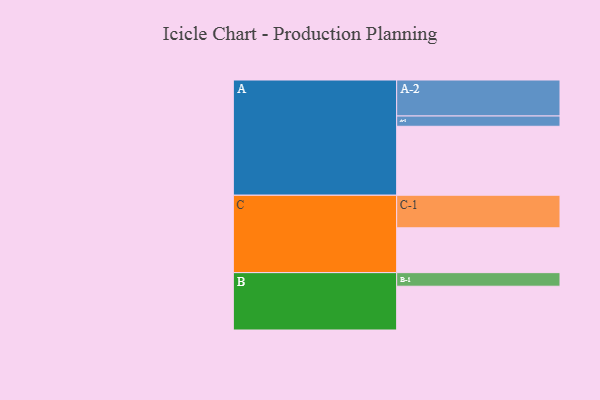
{"axis": {"x": "Segment", "y": "Value"}, "legend": ["", "A", "B", "C"], "data": [{"x": "A", "y": 523, "type": ""}, {"x": "B", "y": 332, "type": ""}, {"x": "C", "y": 340, "type": ""}, {"x": "A-1", "y": 78, "type": "A"}, {"x": "A-2", "y": 273, "type": "A"}, {"x": "B-1", "y": 103, "type": "B"}, {"x": "C-1", "y": 247, "type": "C"}]}